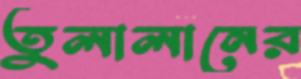
তুলালানের